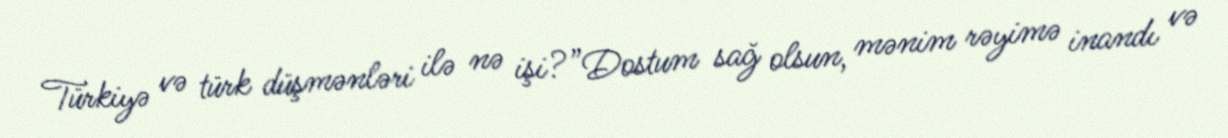
Türkiyə və türk düşmənləri ilə nə işi?”Dostum sağ olsun, mənim rəyimə inandı və